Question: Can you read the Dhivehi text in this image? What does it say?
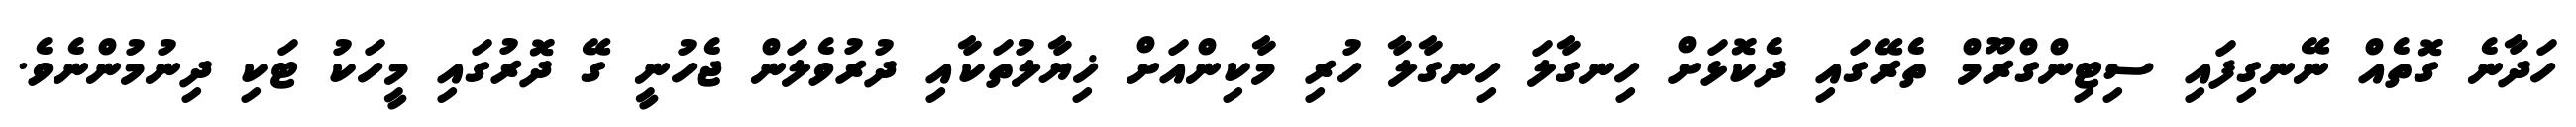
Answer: ހަދާނެ ގޮތެއް ނޭނގިފައި ސިޓިންގްރޫމް ތެރޭގައި ދެކޮޅަށް ހިނގާލަ ހިނގާލާ ހުރި މާކިންއަށް ޚިޔާލުތަކާއި ދުރުވެލަން ޖެހުނީ ގޭ ދޮރުގައި މީހަކު ޓަކި ދިނުމުންނެވެ.